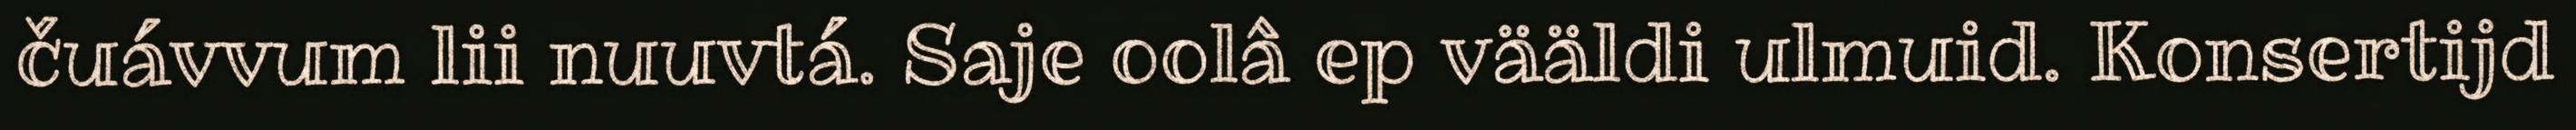
čuávvum lii nuuvtá. Saje oolâ ep vääldi ulmuid. Konsertijd